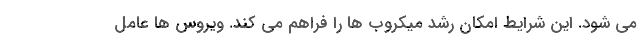
می شود. این شرایط امکان رشد میکروب ها را فراهم می کند. ویروس ها عامل